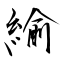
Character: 緰